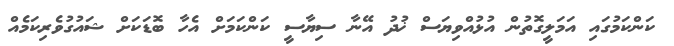
ކަންކަމުގައި އަމަލީގޮތުން އުޅުއްވިޔަސް ޚުދު އޭނާ ސިޔާސީ ކަންކަމަށް އެހާ ބޮޑަކަށް ޝައުގުވެރިކަމެއް